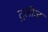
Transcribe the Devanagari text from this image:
टुलोज